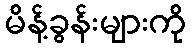
မိန့်ခွန်းများကို